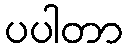
ပပါတာ